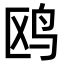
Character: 鸥